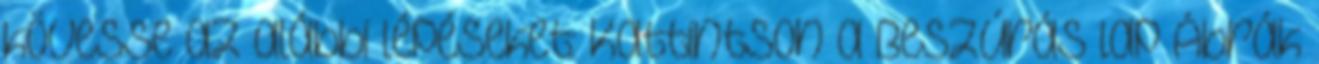
kövesse az alábbi lépéseket: Kattintson a Beszúrás lap Ábrák